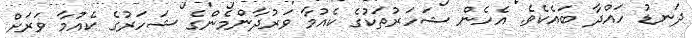
ދަނޑު ހައްދާ ބައެކެވެ. އެހެން ޝަހަރުތަކުގެ ކެއުމާ ވަރުދާންމެންގެ ޝަހަރުގެ ކެއުމާ ވަރަށް